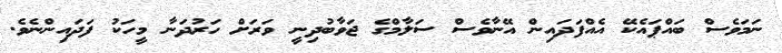
ނަމަވެސް ބައްޕައެކޭ އެއްފަދައިން އޭނާވެސް ސަލާމްގެ ޖަވާބުދިނީ ވަރަށް ހަރުދަނާ މީހަކު ފަދައިންނެވެ.